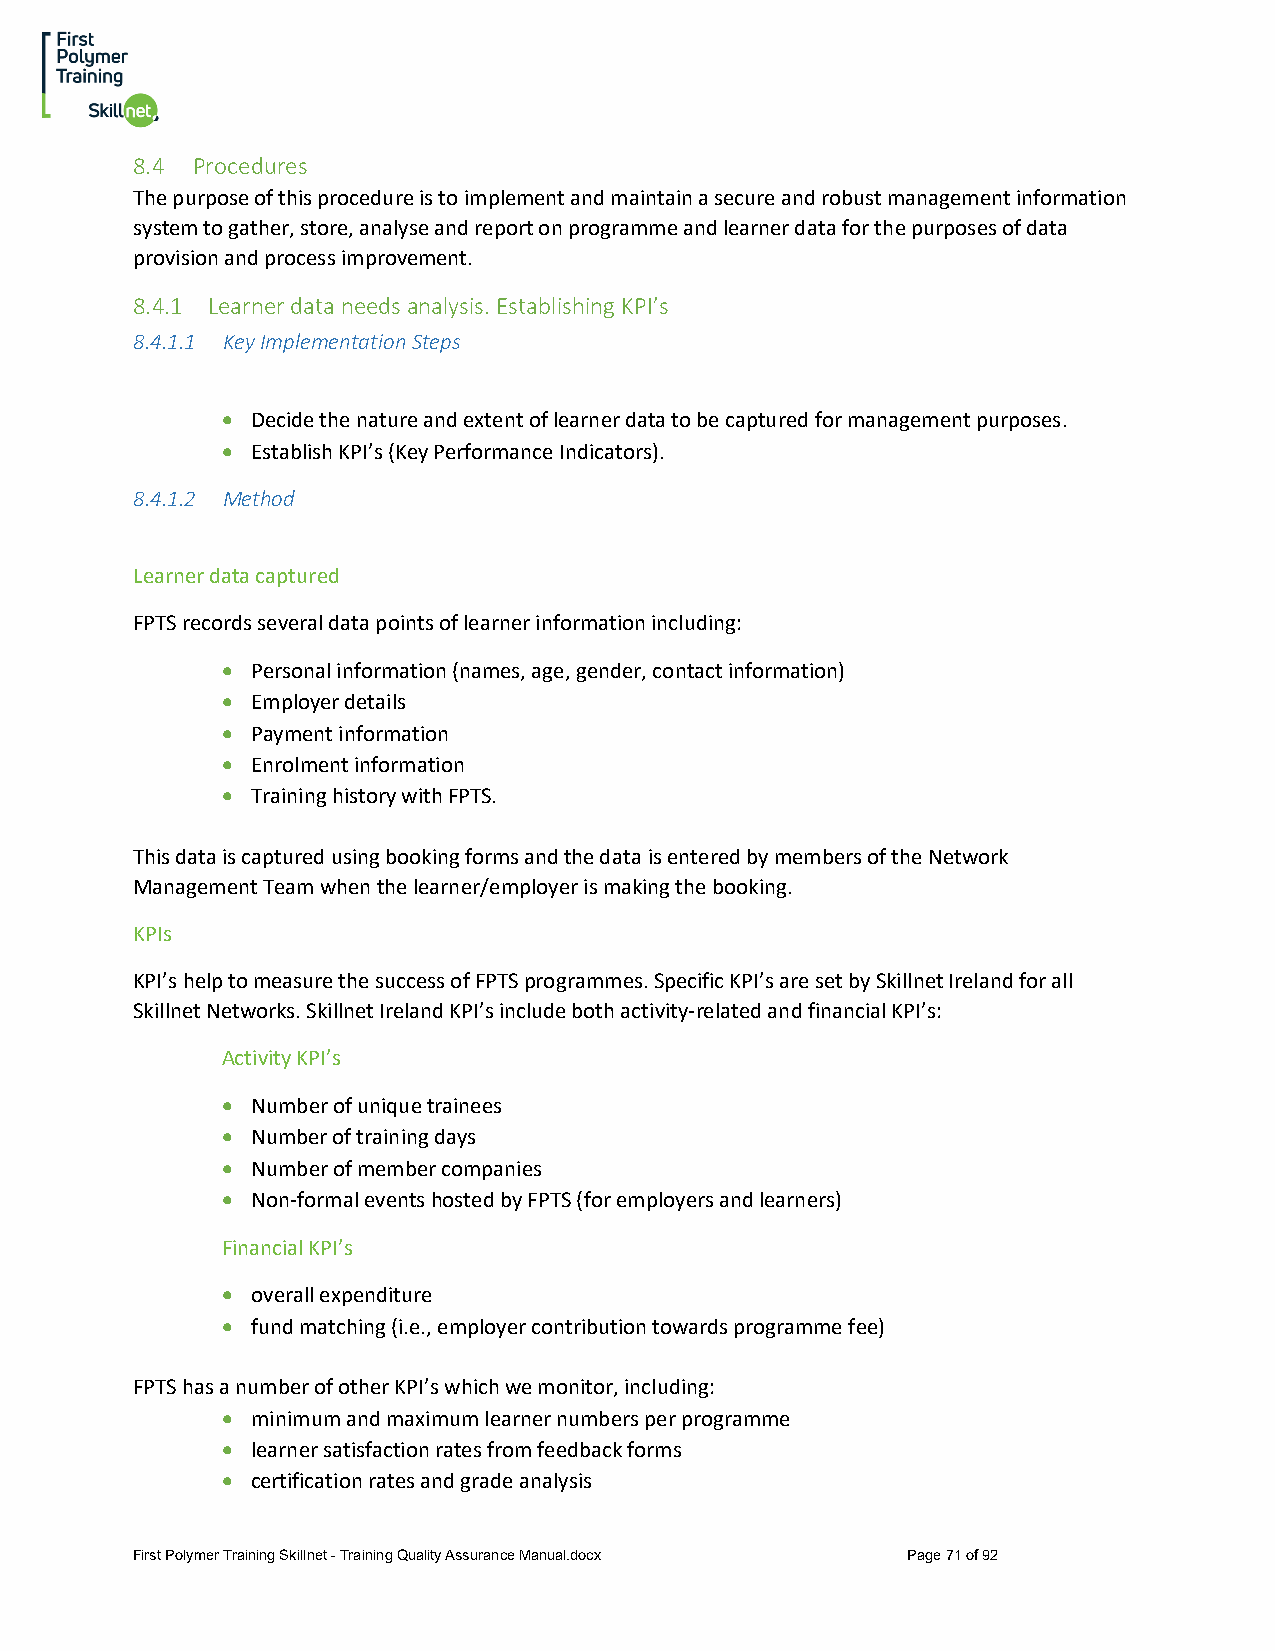
8.4 Procedures
 The purpose of this procedure is to implement and maintain a secure and robust management information
 system to gather, store, analyse and report on programme and learner data for the purposes of data
 provision and process improvement.
 8.4.1 Learner data needs analysis. Establishing KPI’s
 8.4.1.1 Key Implementation Steps
 • Decide the nature and extent of learner data to be captured for management purposes.
 • Establish KPI’s (Key Performance Indicators).
 8.4.1.2 Method
 Learner data captured
 FPTS records several data points of learner information including:
 • Personal information (names, age, gender, contact information)
 • Employer details
 • Payment information
 • Enrolment information
 • Training history with FPTS.
 This data is captured using booking forms and the data is entered by members of the Network
 Management Team when the learner/employer is making the booking.
 KPIs
 KPI’s help to measure the success of FPTS programmes. Specific KPI’s are set by Skillnet Ireland for all
 Skillnet Networks. Skillnet Ireland KPI’s include both activity-related and financial KPI’s:
 Activity KPI’s
 • Number of unique trainees
 • Number of training days
 • Number of member companies
 • Non-formal events hosted by FPTS (for employers and learners)
 Financial KPI’s
 • overall expenditure
 • fund matching (i.e., employer contribution towards programme fee)
 FPTS has a number of other KPI’s which we monitor, including:
 • minimum and maximum learner numbers per programme
 • learner satisfaction rates from feedback forms
 • certification rates and grade analysis
 First Polymer Training Skillnet - Training Quality Assurance Manual.docx Page 71 of 92